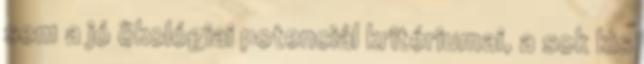
sem a jó ökológiai potenciál kritériumai, a sok kis